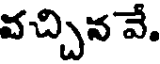
వచ్చిన వే.